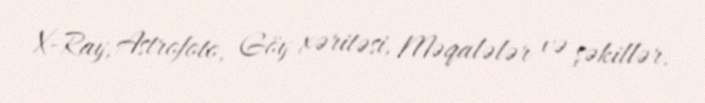
X-Ray, Astrofoto, Göy xəritəsi, Məqalələr və şəkillər.